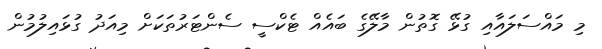
މި މައްސަލައާއި ގުޅޭ ގޮތުން މާލޭގެ ބައެއް ޓެކްސީ ސެންޓަރުތަކަށް މިއަދު ގުޅައިލުމުން